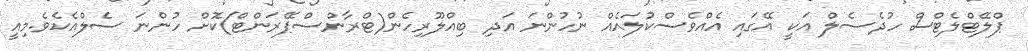
ޕްލޭޓްލެޓްސް ހުދެސެލް އަކީ އޭގައި އެއްވެސްކުލައެއް ނުހުންނަ އަދި ބިއްލޫރިހެން(ޓްރާންސްޕޭރަންޓް)ކޮށް ހުންނަ ސެލްއެކެވެ.މިއީ